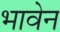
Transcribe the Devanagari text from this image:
भावेन